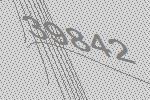
39842